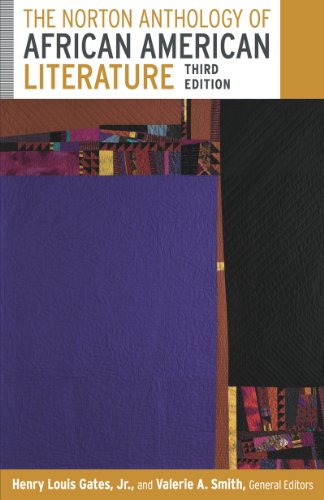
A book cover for The Norton Anthology of African American Literature (Third Edition)  (Vol. Vol 1 + Vol 2); Literature & Fiction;